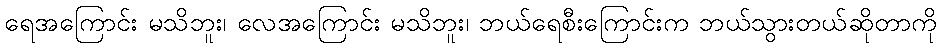
ရေအကြောင်း မသိဘူး၊ လေအကြောင်း မသိဘူး၊ ဘယ်ရေစီးကြောင်းက ဘယ်သွားတယ်ဆိုတာကို